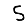
Digit: 5